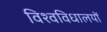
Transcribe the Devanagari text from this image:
विश्वविधालयों